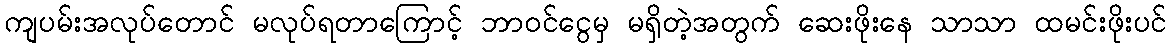
ကျပမ်းအလုပ်တောင် မလုပ်ရတာကြောင့် ဘာဝင်ငွေမှ မရှိတဲ့အတွက် ဆေးဖိုးနေ သာသာ ထမင်းဖိုးပင်